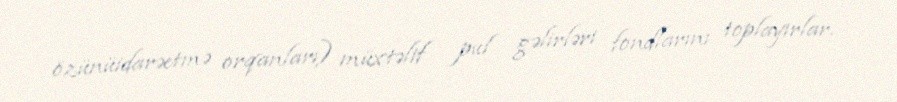
özünüidarəetmə orqanları) müxtəlif pul gəlirləri fondlarını toplayırlar.